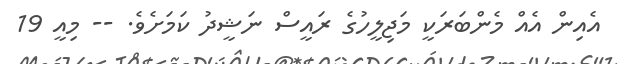
އެއިން އެއް މެންބަރަކީ މަޖިލީހުގެ ރައީސް ނަޝީދު ކަމަށެވެ. -- މިއީ 19